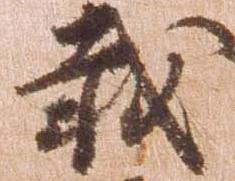
載